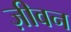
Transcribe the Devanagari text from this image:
ज़ीवन